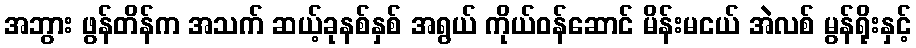
အဘွား ဖွန်တိန်က အသက် ဆယ့်ခုနစ်နှစ် အရွယ် ကိုယ်ဝန်ဆောင် မိန်းမငယ် အဲလစ် မွန်ရိုးနှင့်